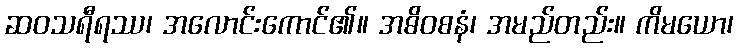
ဆဝသရီရဿ၊ အလောင်းကောင်၏။ အဓိဝစနံ၊ အမည်တည်း။ ကိမယော၊